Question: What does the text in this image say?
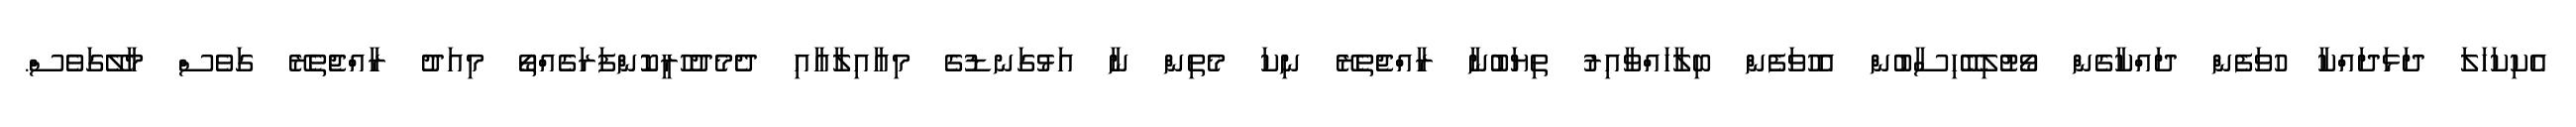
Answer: އެކިކަހަލަ ދަޅަދައްކާ ހުވަފެން ދައްކާގެން ވޯޓުލިބޭހިސާބުން އެހުވަފެން ބިލާހައްވާއިރު ތިޔަބުނާ ރާއްޖެތެރޭ ނިކަ މެތިން ނާ އަޅުގަނޑުގެ މިއާއިލާއާއި ދެމެދުހުރީކޮންފަރަގެއްތޯ މިއަދު ރާއްޖެތެރޭ ގަވެސް މާލޭގަވެސް.